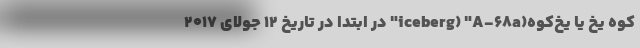
کوه یخ یا یخ‌کوه(iceberg) "A-۶۸a" در ابتدا در تاریخ ۱۲ جولای ۲۰۱۷